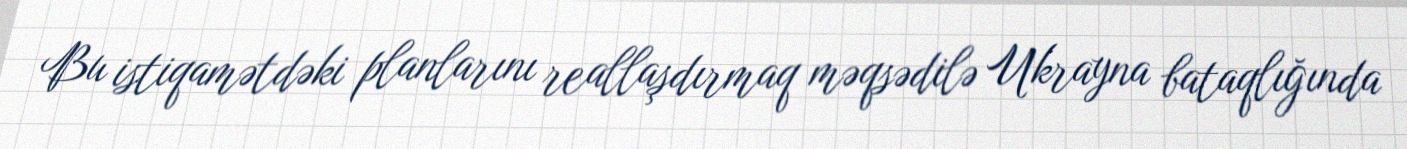
Bu istiqamətdəki planlarını reallaşdırmaq məqsədilə Ukrayna bataqlığında